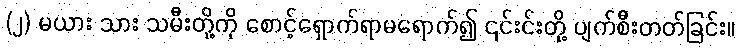
(၂) မယား သား သမီးတို့ကို စောင့်ရှောက်ရာမရောက်၍ ၎င်းင်းတို့ ပျက်စီးတတ်ခြင်း။